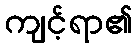
ကျင့်ရာ၏